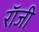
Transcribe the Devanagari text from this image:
राॅजी